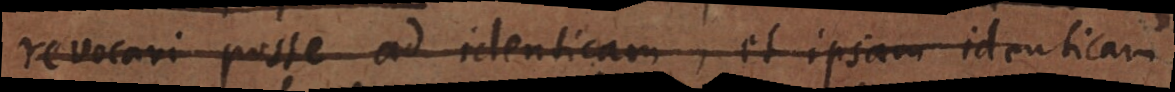
revocari posse ad identicam, et ipsam identicam